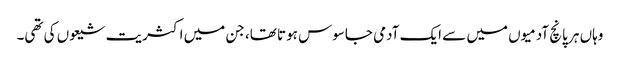
وہاں ہر پانچ آدمیوں میں سے ایک آدمی جاسوس ہوتا تھا، جن میں اکثریت شیعوں کی تھی۔